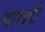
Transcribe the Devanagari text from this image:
माराही